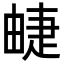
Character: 𤲣